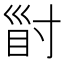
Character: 𡬲